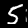
Digit: 5